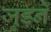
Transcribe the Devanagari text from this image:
जुड़नें